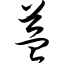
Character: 益